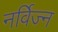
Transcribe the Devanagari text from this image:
नर्विज्न